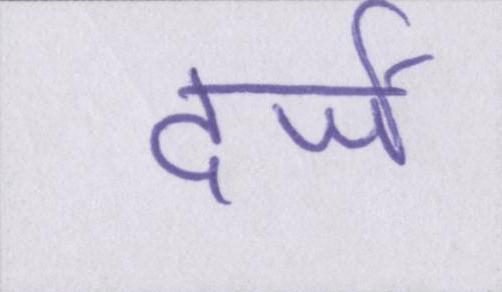
दर्जे